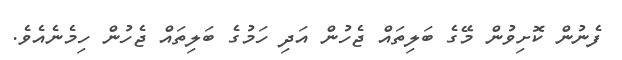
ފެނުން ކޮށިވުން މޭގެ ބަލިތައް ޖެހުން އަދި ހަމުގެ ބަލިތައް ޖެހުން ހިމެނެއެވެ.